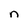
Character: n